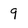
Character: 9